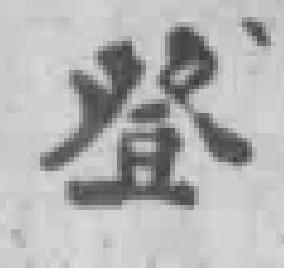
登